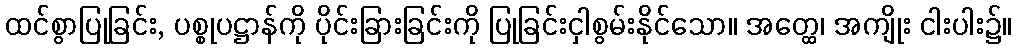
ထင်စွာပြုခြင်း, ပစ္စုပဋ္ဌာန်ကို ပိုင်းခြားခြင်းကို ပြုခြင်းငှါစွမ်းနိုင်သော။ အတ္ထေ၊ အကျိုး ငါးပါး၌။